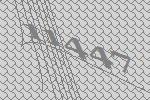
11447